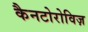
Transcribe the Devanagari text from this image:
कैनटोरोविज़